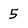
Character: 5